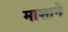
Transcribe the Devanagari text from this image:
माशाने